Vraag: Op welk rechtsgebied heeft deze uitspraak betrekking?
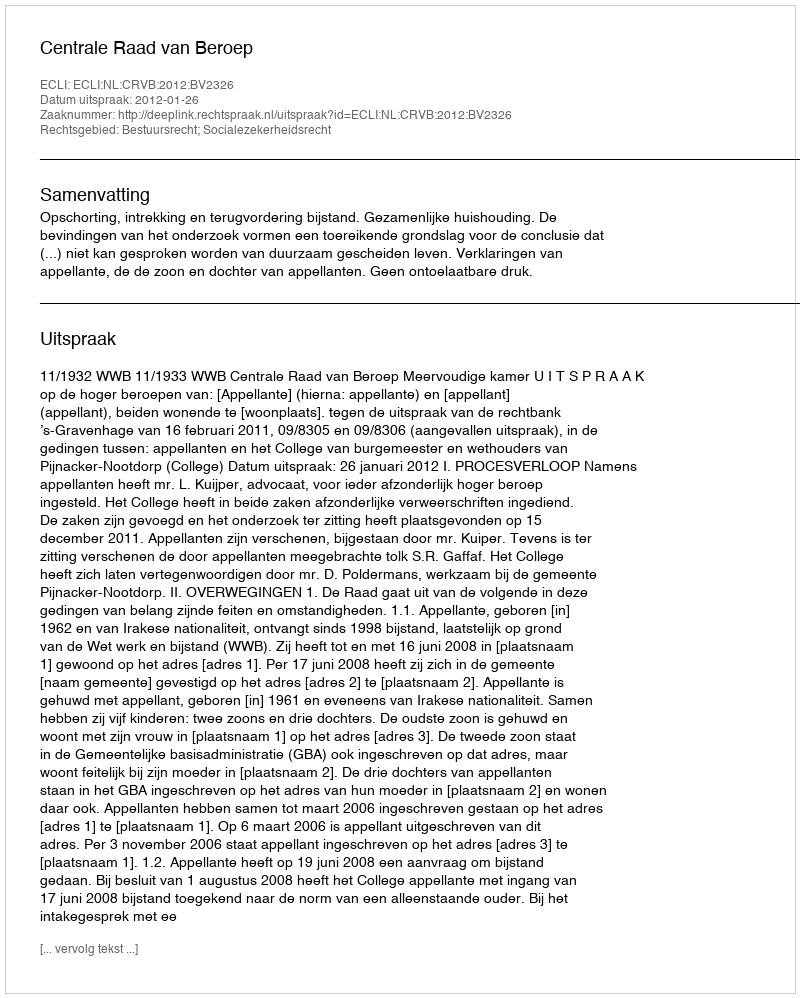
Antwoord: Bestuursrecht; Socialezekerheidsrecht